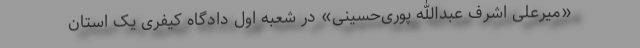
«میرعلی اشرف عبدالله پوری‌حسینی» در شعبه اول دادگاه کیفری یک استان